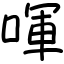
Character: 喗